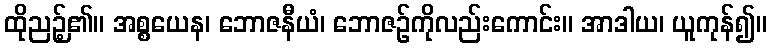
ထိုညဉ့်၏။ အစ္စယေန၊ ဘောဇနီယံ၊ ဘောဇဉ်ကိုလည်းကောင်း။ အာဒါယ၊ ယူကုန်၍။